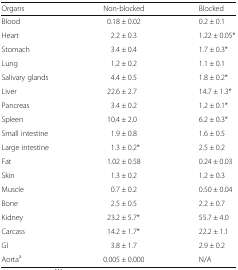
| Organs | Non-blocked | Blocked |
 | --- | --- | --- |
 | Blood | 0.18 ± 0.02 | 0.2 ± 0.1 |
 | Heart | 2.2 ± 0.3 | 1.22 ± 0.05* |
 | Stomach | 3.4 ± 0.4 | 1.7 ± 0.3* |
 | Lung | 1.2 ± 0.2 | 1.1 ± 0.1 |
 | Salivary glands | 4.4 ± 0.5 | 1.8 ± 0.2* |
 | Liver | 22.6 ± 2.7 | 14.7 ± 1.3* |
 | Pancreas | 3.4 ± 0.2 | 1.2 ± 0.1* |
 | Spleen | 10.4 ± 2.0 | 6.2 ± 0.3* |
 | Small intestine | 1.9 ± 0.8 | 1.6 ± 0.5 |
 | Large intestine | 1.3 ± 0.2* | 2.5 ± 0.2 |
 | Fat | 1.02 ± 0.58 | 0.24 ± 0.03 |
 | Skin | 1.3 ± 0.2 | 1.2 ± 0.3 |
 | Muscle | 0.7 ± 0.2 | 0.50 ± 0.04 |
 | Bone | 2.5 ± 0.5 | 2.2 ± 0.7 |
 | Kidney | 23.2 ± 5.7* | 55.7 ± 4.0 |
 | Carcass | 14.2 ± 1.7* | 22.2 ± 1.1 |
 | GI | 3.8 ± 1.7 | 2.9 ± 0.2 |
 | Aortaa | 0.005 ± 0.000 | N/A |